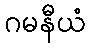
ဂမနီယံ